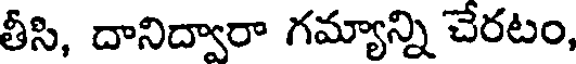
తీసి, దానిద్వారా గమ్యాన్ని చేరటం,